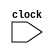
module clock_gen(clock);       //module name
input clock;                   // port declaration
endmodule